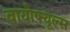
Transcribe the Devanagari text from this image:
बायोफ्यूल्स